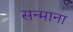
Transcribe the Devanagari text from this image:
सन्माना